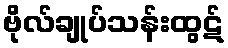
ဗိုလ်ချုပ်သန်းထွဋ်